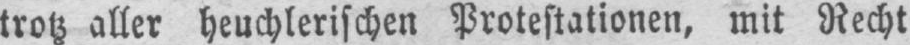
trotz aller heuchlerischen Protestationen, mit Recht